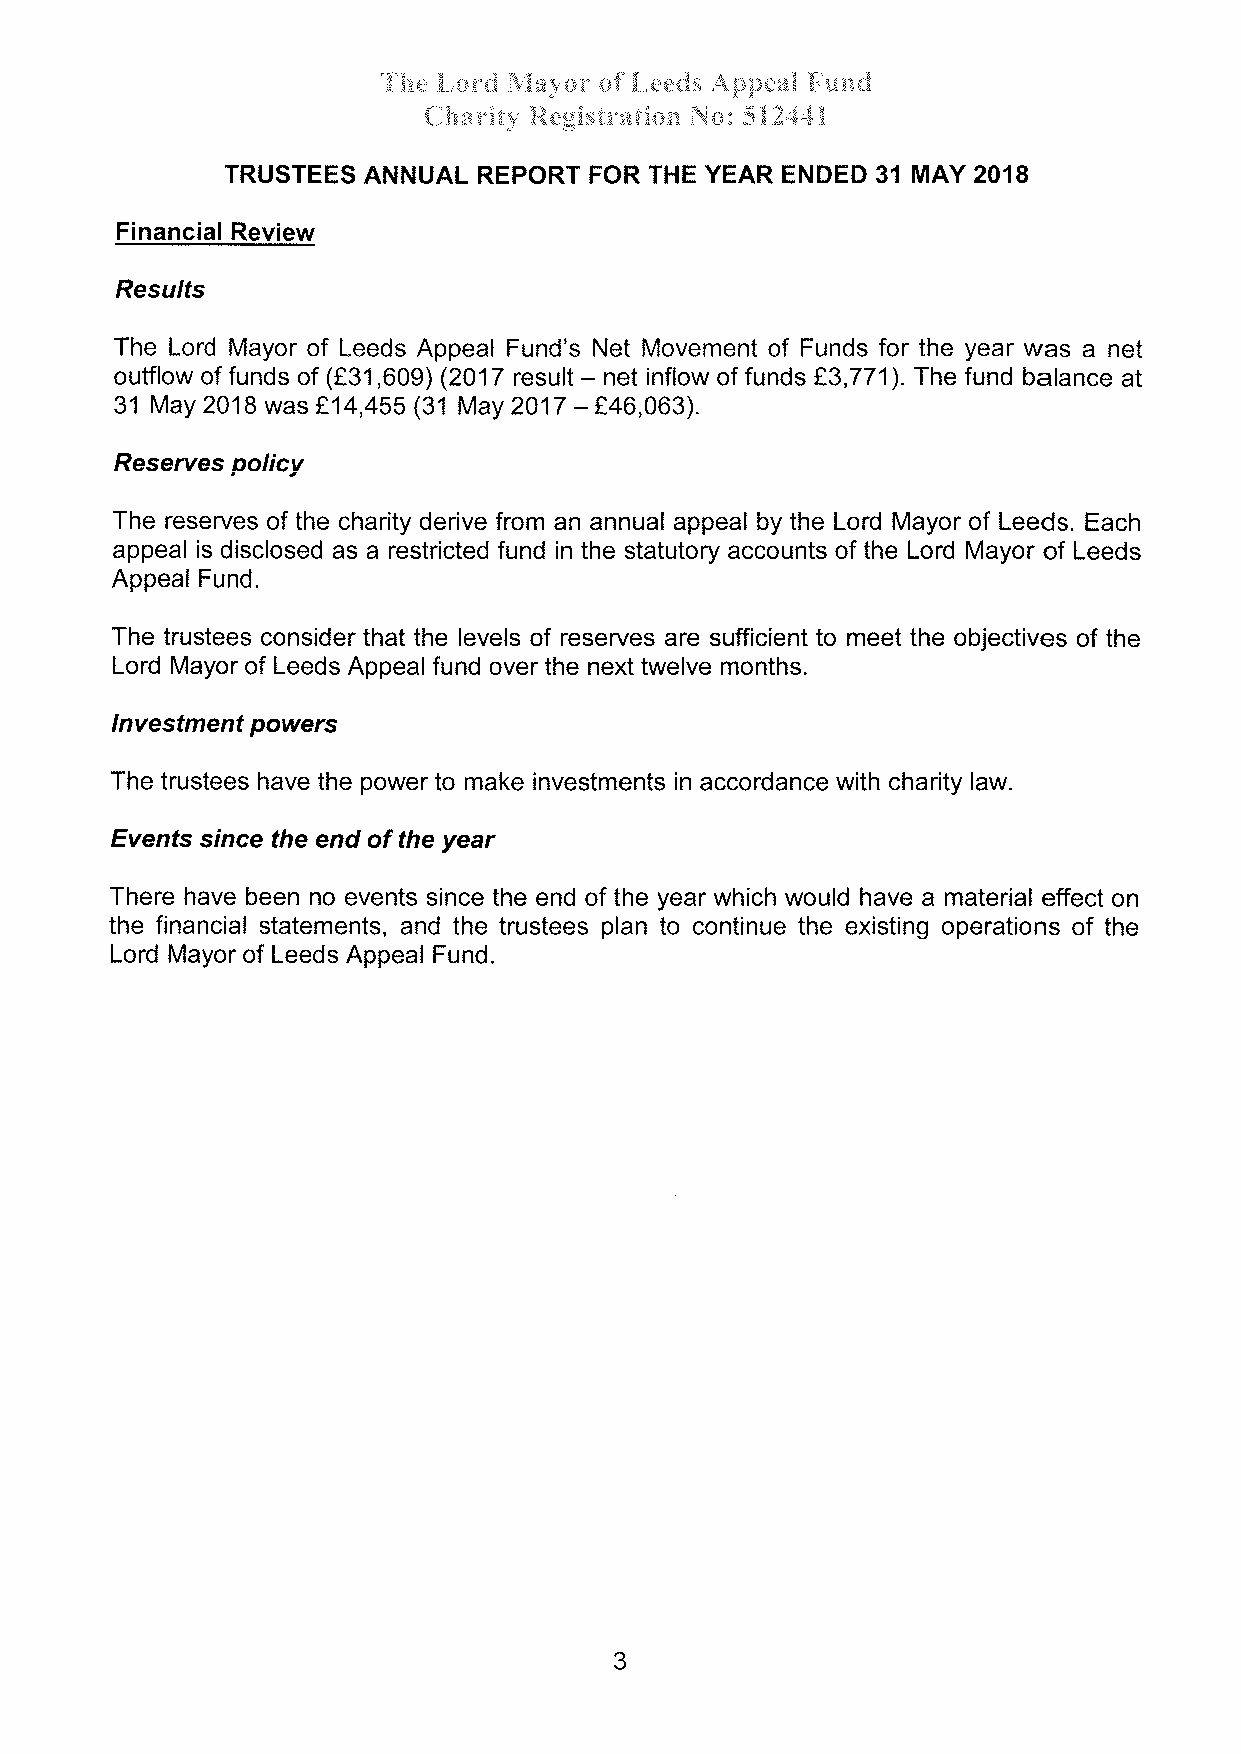
,,;.- l i. ,i t l-¡'" ¡.' lllt i r" li¡ \,rw";ceJ¿ i ;^'
 i1
 , ! i ; :ia t "ôt ",1 .j : ¡ r la, a, '" 1. i"!Str¡"*aÈå*n þ¡;; S334;åå
 TRUSTEES ANNUAL  REPORT FOR THE YEAR ENDED 31 MAY 2018
 Financial Review
 Resulfs
 The Lord Mayor of Leeds Appeal Fund's Net Movement of Funds for the year was a net
 outflow of funds of (Ê31,609) (2017 result - net inflow of funds t3,771). The fund balance at
 31 May 2018 was f 4,455 (31 May 2017 - f46,063).
 1
 Reserves policy
 The reserves of the charity derive from an annual appeal by the Lord Mayor of Leeds. Each
 appeal is disclosed as a restricted fund in the statutory accounts of the Lord Mayor of Leeds
 Appeal Fund.
 The trustees consider that the levels of reserves are sufficient to meet the objectives of the
 Lord Mayor of Leeds Appeal fund over the next twelve months.
 lnvestment powers
 The trustees have the power to make investments in accordance with charity law
 Events srnce the end of the year
 There have been no events since the end of the year which would have a material effect on
 the financial statements, and the trustees plan to continue the existing operations of the
 Lord Mayor of Leeds Appeal Fund.
 3